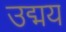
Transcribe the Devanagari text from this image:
उद्मय